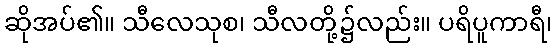
ဆိုအပ်၏။ သီလေသုစ၊ သီလတို့၌လည်း။ ပရိပူကာရီ၊